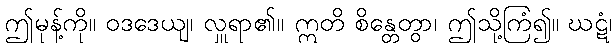
ဤမုန့်ကို။ ဝဒဒေယျ၊ လှူရာ၏။ ဣတိ စိန္တေတွာ၊ ဤသို့ကြံ၍။ ဃဋံ၊